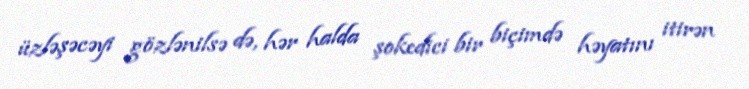
üzləşəcəyi gözlənilsə də, hər halda şokedici bir biçimdə həyatını itirən